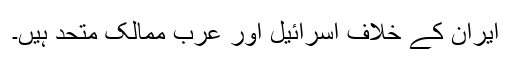
ایران کے خلاف اسرائیل اور عرب ممالک متحد ہیں۔